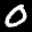
Label: 0